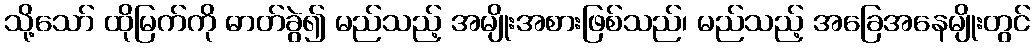
သို့သော် ထိုမြက်ကို ဓာတ်ခွဲ၍ မည်သည့် အမျိုးအစားဖြစ်သည်၊ မည်သည့် အခြေအနေမျိုးတွင်